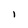
Character: 1